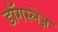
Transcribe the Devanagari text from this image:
डॉगस्लेज़